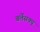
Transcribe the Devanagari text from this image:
बर्लेसक्यू